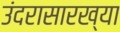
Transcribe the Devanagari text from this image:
उंदरासारख्या